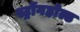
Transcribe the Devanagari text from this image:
स्ट्रोंगहोल्ड